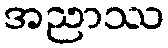
အညာဿ